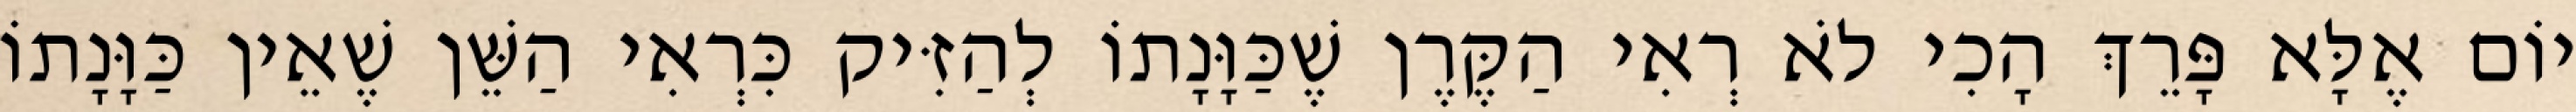
יוֹם אֶלָּא פָּרֵךְ הָכִי לֹא רְאִי הַקֶּרֶן שֶׁכַּוָּנָתוֹ לְהַזִּיק כִּרְאִי הַשֵּׁן שֶׁאֵין כַּוָּנָתוֹ